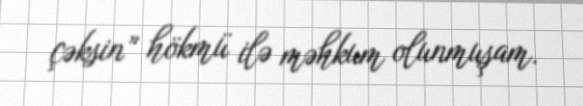
çəksin” hökmü ilə məhkum olunmuşam.